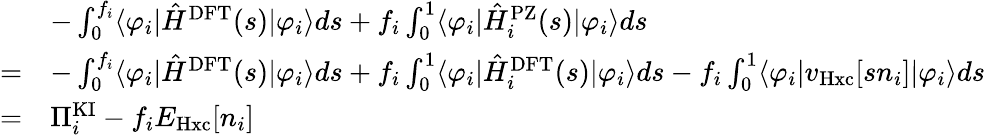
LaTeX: \begin{array}{rl}&{-\int_{0}^{f_{i}}\langle\varphi_{i}|\hat{H}^{\mathrm{DFT}}(s)|\varphi_{i}\rangle ds+f_{i}\int_{0}^{1}\langle\varphi_{i}|\hat{H}_{i}^{\mathrm{PZ}}(s)|\varphi_{i}\rangle ds}\\ {=}&{-\int_{0}^{f_{i}}\langle\varphi_{i}|\hat{H}^{\mathrm{DFT}}(s)|\varphi_{i}\rangle ds+f_{i}\int_{0}^{1}\langle\varphi_{i}|\hat{H}_{i}^{\mathrm{DFT}}(s)|\varphi_{i}\rangle ds-f_{i}\int_{0}^{1}\langle\varphi_{i}|v_{\mathrm{Hxc}}[sn_{i}]|\varphi_{i}\rangle ds}\\ {=}&{\Pi_{i}^{\mathrm{KI}}-f_{i}E_{\mathrm{Hxc}}[n_{i}]}\end{array}